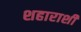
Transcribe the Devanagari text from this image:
शहाराशी